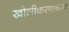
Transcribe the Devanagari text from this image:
खोलीकरणावरच